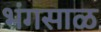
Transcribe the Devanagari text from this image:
भंगसाळ